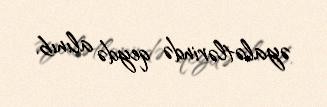
əyalətlərində qeydə alınıb.